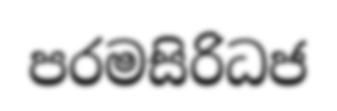
පරමසිරිධජ